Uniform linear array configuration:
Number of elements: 24
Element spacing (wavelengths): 0.5
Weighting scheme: kaiser
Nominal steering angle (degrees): -60
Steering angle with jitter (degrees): -59.754
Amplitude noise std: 0.05
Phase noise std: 0.05

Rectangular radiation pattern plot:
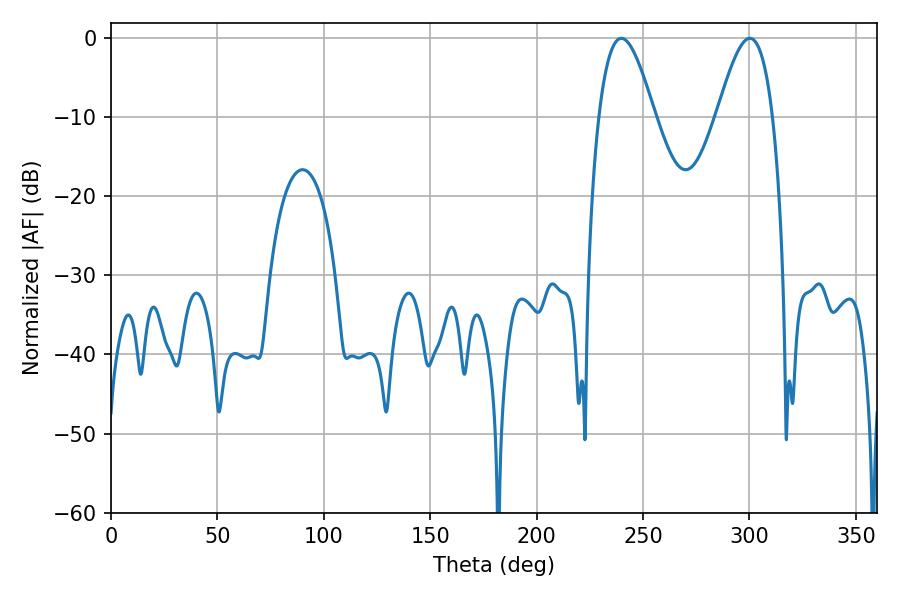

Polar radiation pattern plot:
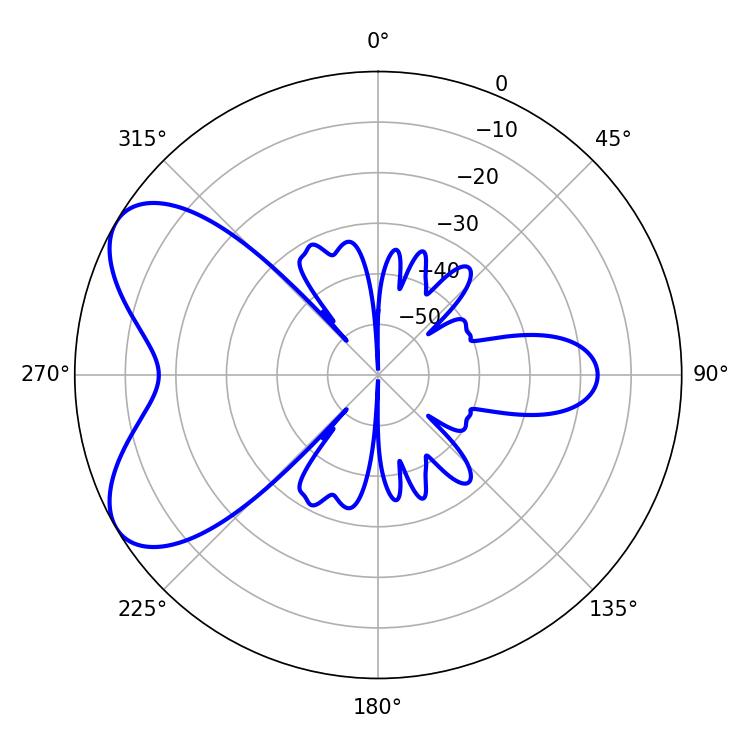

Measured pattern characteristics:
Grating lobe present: FALSE
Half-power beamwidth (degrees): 14.22
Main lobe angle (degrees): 239.76